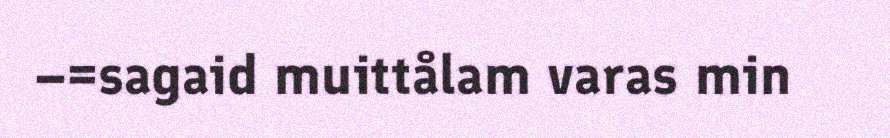
–=sagaid muittålam varas min